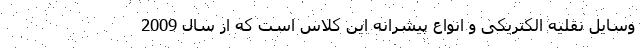
وسایل نقلیه الکتریکی و انواع پیشرانه این کلاس است که از سال 2009